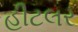
હીટલર